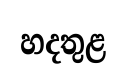
හදතුළ